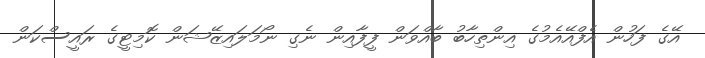
އޭގެ ފަހުން އެފްއޭއެމުގެ އިންތިހާބު ބާއްވަން ފީފާއިން ނެގި ނޯމަލައިޒޭޝަން ކޮމިޓީގެ ރައީސްކަން